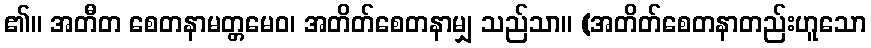
၏။ အတီတ စေတနာမတ္တမေဝ၊ အတိတ်စေတနာမျှ သည်သာ။ (အတိတ်စေတနာတည်းဟူသော